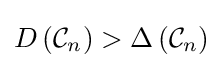
D\left({\mathcal {C}}_{n}\right)>\Delta \left({\mathcal {C}}_{n}\right)